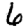
Digit: 6